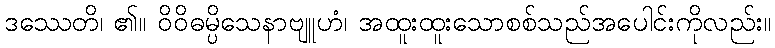
ဒဿေတိ၊ ၏။ ဝိဝိဓမ္ပိသေနာဗျူဟံ၊ အထူးထူးသောစစ်သည်အပေါင်းကိုလည်း။